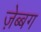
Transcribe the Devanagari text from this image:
ज़ेब्बग